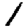
Digit: 1